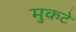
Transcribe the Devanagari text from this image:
मुकटे